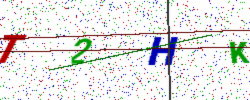
Text: T2HK